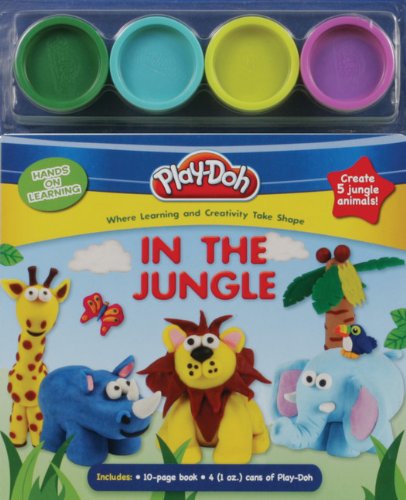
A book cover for PLAY-DOH Hands on Learning: In the Jungle; Susan Amerikaner; Children's Books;